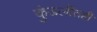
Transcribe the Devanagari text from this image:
कुंडलीतही